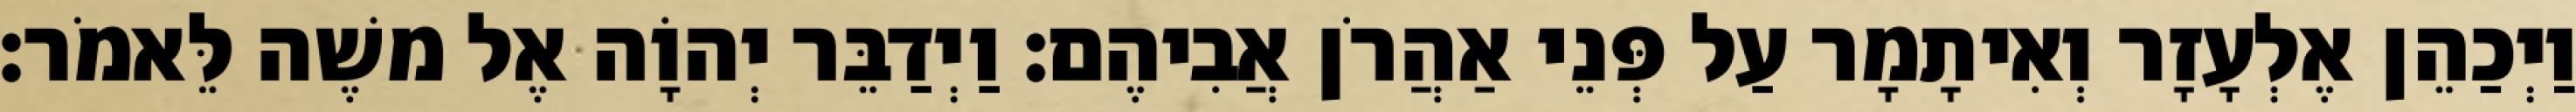
וַיְכַהֵן אֶלְעָזָר וְאִיתָמָר עַל פְּנֵי אַהֲרֹן אֲבִיהֶם׃ וַיְדַבֵּר יְהוָֹה אֶל משֶׁה לֵּאמֹר׃